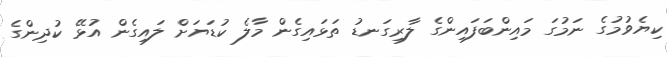
ކިޔެވުމުގެ ނަމުގަ މައިންބަފައިންގެ ލާރިގަނޑު ތަޅައިގެން މާލެ ކުޑަޔަށް ލައިގެން އުޅޭ ކުދިންގެ